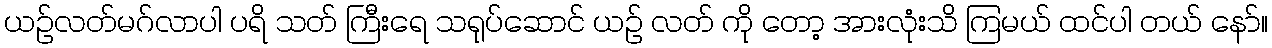
ယဉ်လတ်မဂ်လာပါ ပရိ သတ် ကြီးရေ သရုပ်ဆောင် ယဉ် လတ် ကို တော့ အားလုံးသိ ကြမယ် ထင်ပါ တယ် နော်။